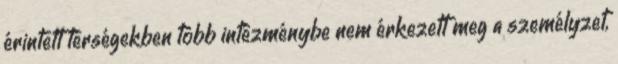
érintett térségekben több intézménybe nem érkezett meg a személyzet,